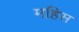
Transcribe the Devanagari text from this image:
महिस